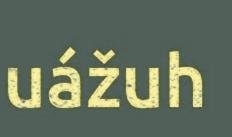
uážuh